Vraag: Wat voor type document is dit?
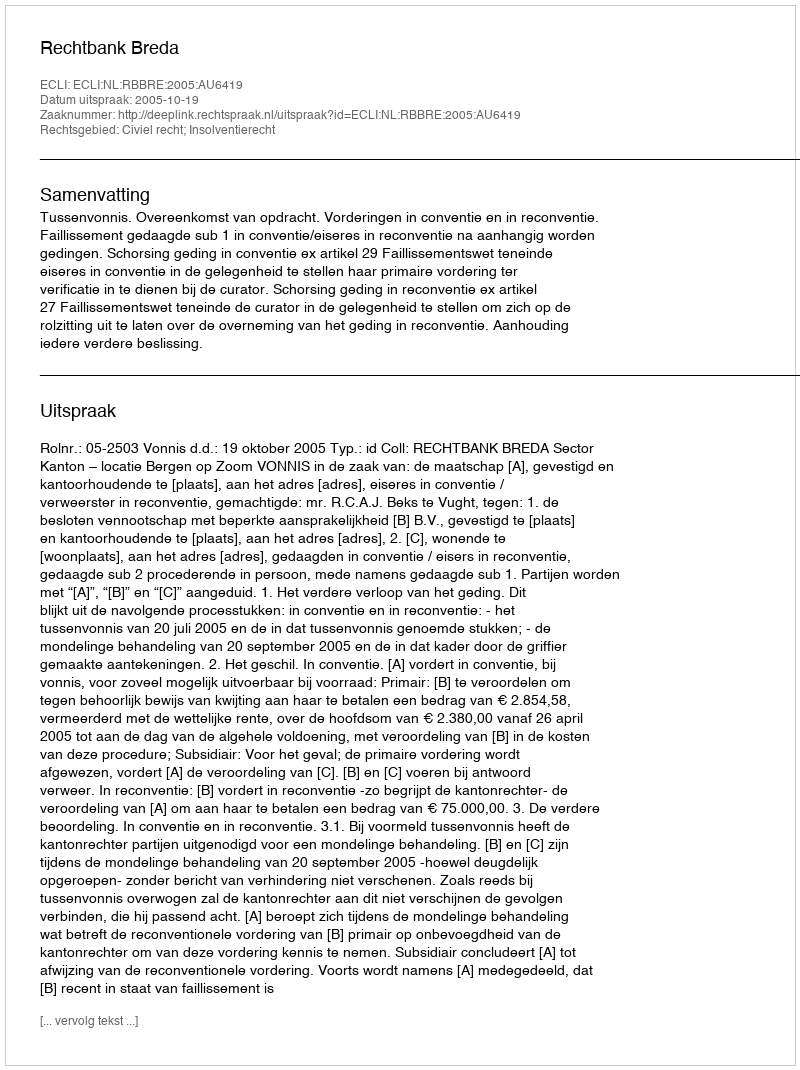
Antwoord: Uitspraak